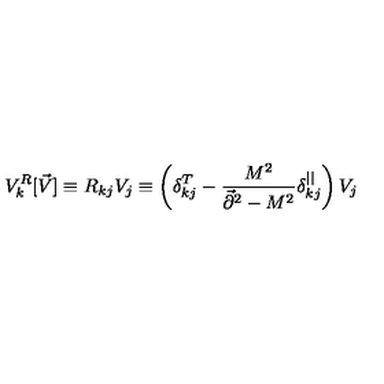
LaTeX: V _ { k } ^ { R } [ \vec { V } ] \equiv R _ { k j } V _ { j } \equiv \left( \delta _ { k j } ^ { T } - { \frac { M ^ { 2 } } { \vec { \partial } ^ { 2 } - M ^ { 2 } } } \delta _ { k j } ^ { | | } \right) V _ { j }